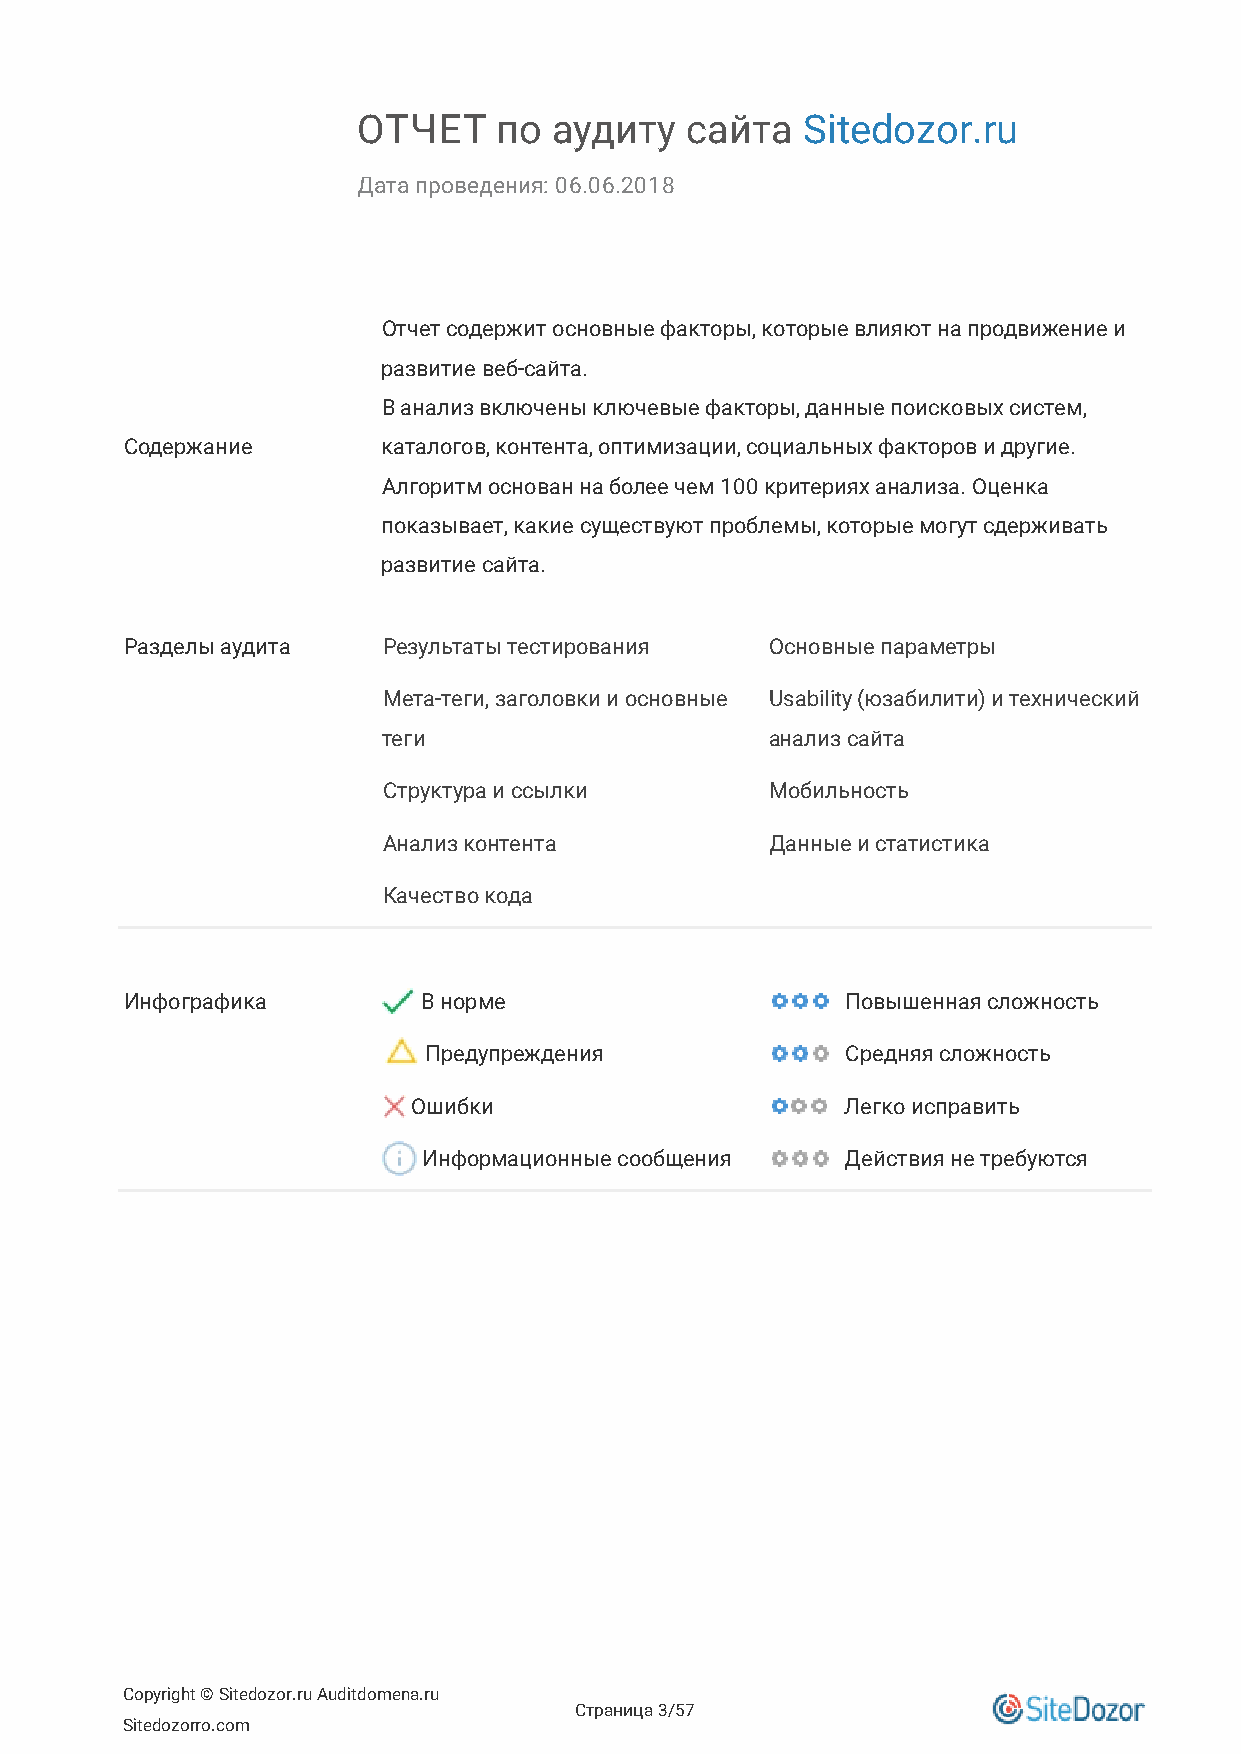
ОТЧЕТ    по  аудиту  сайта   Sitedozor.ru
 Дата проведения: 06.06.2018
 Отчет содержит основные факторы, которые влияют на продвижение и
 развитие веб-сайта.
 В анализ включены ключевые факторы, данные поисковых систем,
 Содержание       каталогов, контента, оптимизации, социальных факторов и другие.
 Алгоритм основан на более чем 100 критериях анализа. Оценка
 показывает, какие существуют проблемы, которые могут сдерживать
 развитие сайта.
 Разделы аудита   Результаты тестирования   Основные параметры
 Мета-теги, заголовки и основные Usability (юзабилити) и технический
 теги                      анализ сайта
 Структура и ссылки        Мобильность
 Анализ контента           Данные и статистика
 Качество кода
 Инфографика         В норме                     Повышенная сложность
 Предупреждения              Средняя сложность
 Ошибки                       Легко исправить
 Информационные сообщения    Действия не требуются
 Copyright © Sitedozor.ru Auditdomena.ru
 Страница 3/57
 Sitedozorro.com